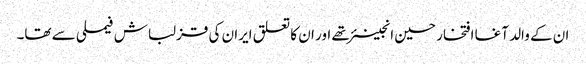
ان کے والد آغا افتخار حسین انجینئر تھے اور ان کا تعلق ایران کی قزلباش فیملی سے تھا۔